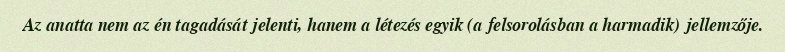
Az anatta nem az én tagadását jelenti, hanem a létezés egyik (a felsorolásban a harmadik) jellemzője.